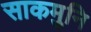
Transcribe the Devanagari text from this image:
साकमुनि